Leaving Certificate Examination, 1905
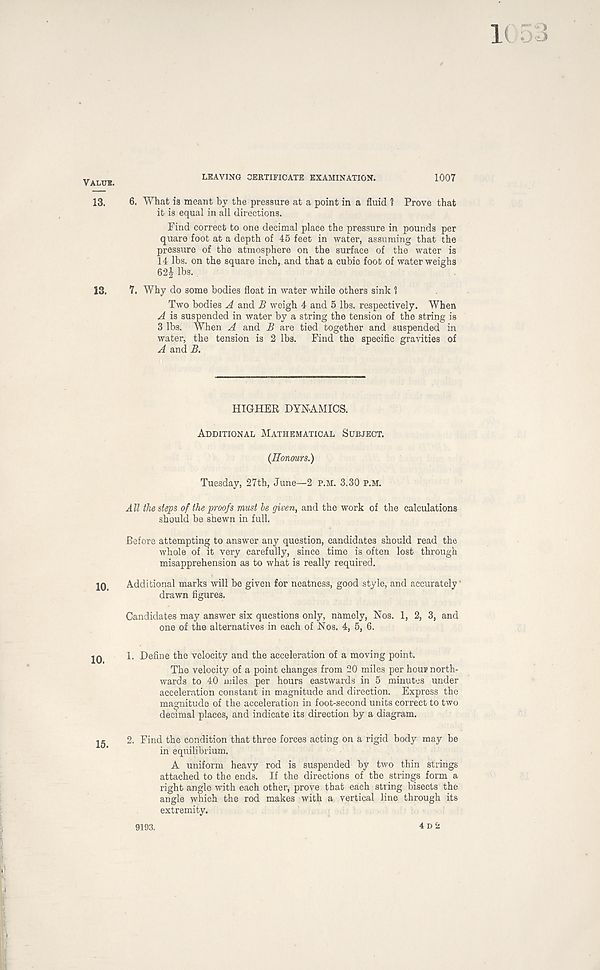
Value.
13.
13.
10.
10.
15.
LEAVING CERTIFICATE EXAMINATION.
1007
6. What is meant by the pressure at a point in a fluid 1 Prove that
it is equal in all directions.
Find correct to one decimal place the pressure in pounds per
quare foot at a depth of 45 feet in water, assuming that the
pressure of the atmosphere on the surface of the water is
14 lbs. on the square inch, and that a cubic foot of water weighs
62J lbs.
7. Why do some bodies float in water while others sink 1
Two bodies A and B weigh 4 and 5 lbs. respectively. When
A is suspended in water by a string the tension of the string is
3 lbs. When A and B are tied together and suspended in
water, the tension is 2 lbs. Find the specific gravities of
A and B.
HIGHER DYNAMICS.
Additional Mathematical Subject.
(Honours.)
Tuesday, 27th, June—2 P.M. 3.30 P.M.
All the steps of the proofs must be given, and the work of the calculations
should be shewn in full.
Before attempting to answer any question, candidates should read the
whole of it very carefully, since time is often lost through
misapprehension as to what is really required.
Additional marks will be given for neatness, good style, and accurately'
drawn figures.
Candidates may answer six questions only, namely, Nos. 1, 2, 3, and
one of the alternatives in each of Nos. 4, 5, 6.
1. Define the velocity and the acceleration of a moving point.
The velocity of a point changes from 20 miles per hour north-
wards to 40 miles per hours eastwards in 5 minutes under
acceleration constant in magnitude and direction. Express the
magnitude of the acceleration in foot-second units correct to two
decimal places, and indicate its direction by a diagram.
2. Find the condition that three forces acting on a rigid body may be
in equilibrium.
A uniform heavy rod is suspended by two thin strings
attached to the ends. If the directions of the strings form a
right angle with each other, prove that each string bisects the
angle which the rod makes with a vertical line through its
extremity.
9193.
4 D 2